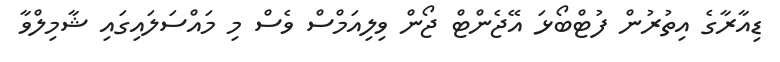
ޑިއާރާގެ އިތުރުން ފުޓްބޯޅަ އޭޖެންޓް ޖޯން ވިލިއަމްސް ވެސް މި މައްސަލައިގައި ޝާމިލްވާ